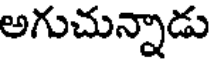
అగుచున్నాడు